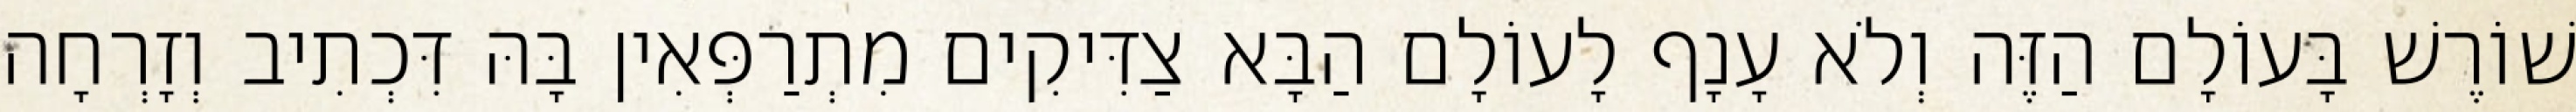
שׁוֹרֶשׁ בָּעוֹלָם הַזֶּה וְלֹא עָנָף לָעוֹלָם הַבָּא צַדִּיקִים מִתְרַפְּאִין בָּהּ דִּכְתִיב וְזָרְחָה